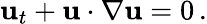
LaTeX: {\mathbf{u}}_{t}+{\mathbf{u}}\cdot\nabla{\mathbf{u}}=0\, .